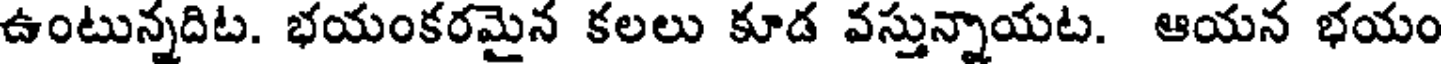
ఉంటున్నదిట. భయంకరమైన కలలు కూడ వస్తున్నాయట. ఆయన భయం